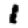
Digit: 1